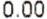
0.00